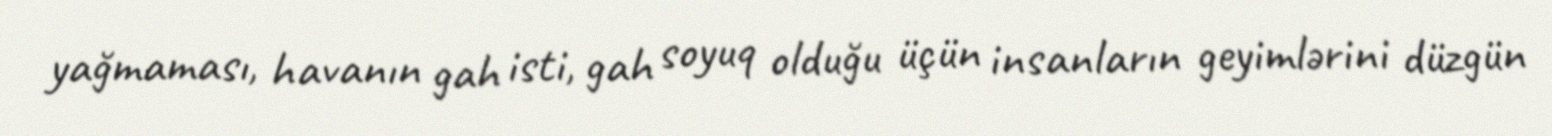
yağmaması, havanın gah isti, gah soyuq olduğu üçün insanların geyimlərini düzgün